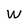
Character: W